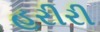
હરીરી